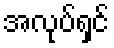
အလုပ်ရှင်